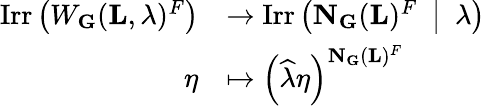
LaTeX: \begin{array}{rl}{\mathrm{Irr}\left(W_{\mathbf{G}}({\mathbf{L}},\lambda)^{F}\right)}&{\to\mathrm{Irr}\left({\mathbf{N}}_{\mathbf{G}}({\mathbf{L}})^{F}\enspace\middle|\enspace\lambda\right)}\\ {\eta}&{\mapsto\left(\widehat{\lambda}\eta\right)^{{\mathbf{N}}_{\mathbf{G}}({\mathbf{L}})^{F}}}\end{array}